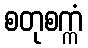
စတုစက္ကံ